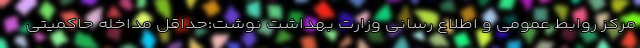
مرکز روابط عمومی و اطلاع رسانی وزارت بهداشت نوشت:حداقل مداخله حاکمیتی